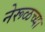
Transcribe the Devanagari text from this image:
नेरूळच्या